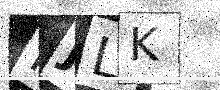
Text: MJLK